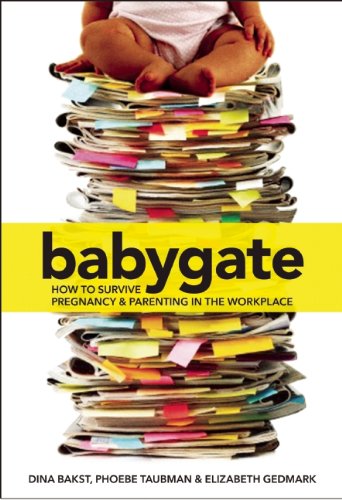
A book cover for Babygate: How to Survive Pregnancy and Parenting in the Workplace; Dina Bakst; Parenting & Relationships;